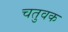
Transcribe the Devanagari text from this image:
चतुवक